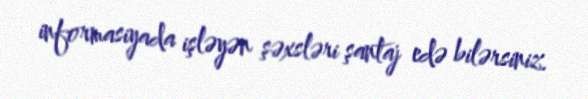
informasiyada işləyən şəxsləri şantaj edə bilərsiniz.